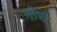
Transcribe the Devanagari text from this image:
गौर्य